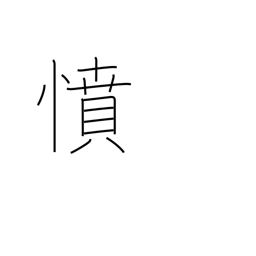
Meaning: anger